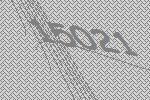
15021